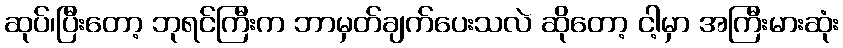
ဆုပ်၊ပြီးတော့ ဘုရင်ကြီးက ဘာမှတ်ချက်ပေးသလဲ ဆိုတော့ ငါ့မှာ အကြီးမားဆုံး